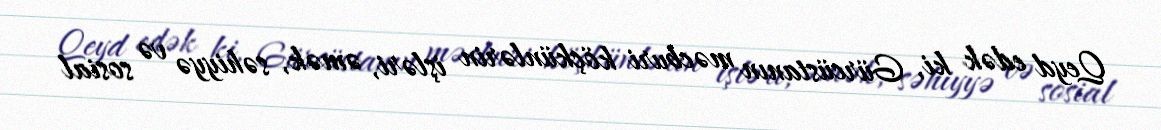
Qeyd edək ki, Gürcüstanın məcburi köçkünlərin işləri, əmək, səhiyyə və sosial